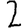
Digit: 2